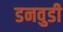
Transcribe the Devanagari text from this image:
डनवुडी